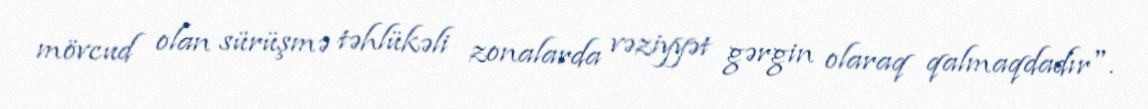
mövcud olan sürüşmə təhlükəli zonalarda vəziyyət gərgin olaraq qalmaqdadır".